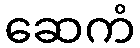
ဆေကံ